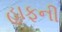
હાફની